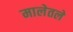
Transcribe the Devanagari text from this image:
मालेतले